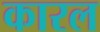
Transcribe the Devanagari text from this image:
कारल